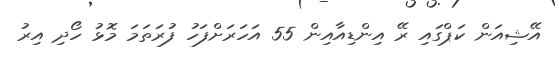
އޭޝިއަން ކަޕްގައި ރޭ އިންޑިއާއިން 55 އަހަރަށްފަހު ފުރަތަމަ މޮޅު ހޯދި އިރު